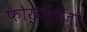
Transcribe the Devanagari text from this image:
फोर्टालेज़ा